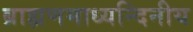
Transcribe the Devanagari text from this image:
ब्राह्मणमाध्यन्दिनीय